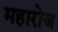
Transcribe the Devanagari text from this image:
महारोज